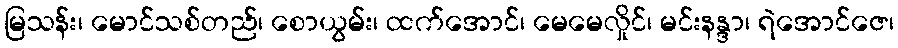
မြသန်း၊ မောင်သစ်တည်၊ စောယွမ်း၊ ထက်အောင်၊ မေမေလှိုင်၊ မင်းနန္ဒာ၊ ရဲအောင်ဇေ၊